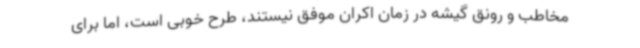
مخاطب و رونق گیشه در زمان اکران موفق نیستند، طرح خوبی است، اما برای